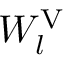
W _ { l } ^ { \mathrm { V } }